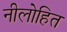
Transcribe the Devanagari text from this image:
नीलोहित